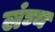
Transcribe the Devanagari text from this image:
लंघ्य